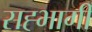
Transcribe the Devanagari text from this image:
सह्भागी